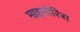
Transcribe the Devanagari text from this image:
माइनौरिस